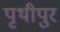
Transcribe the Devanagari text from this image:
पृथीपुर